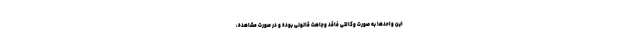
این واحدها به صورت وکالتی فاقد وجاهت قانونی بوده و در صورت مشاهده،